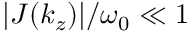
| J ( k _ { z } ) | / \omega _ { 0 } \ll 1